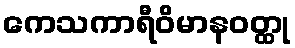
ကေသကာရီဝိမာနဝတ္ထု